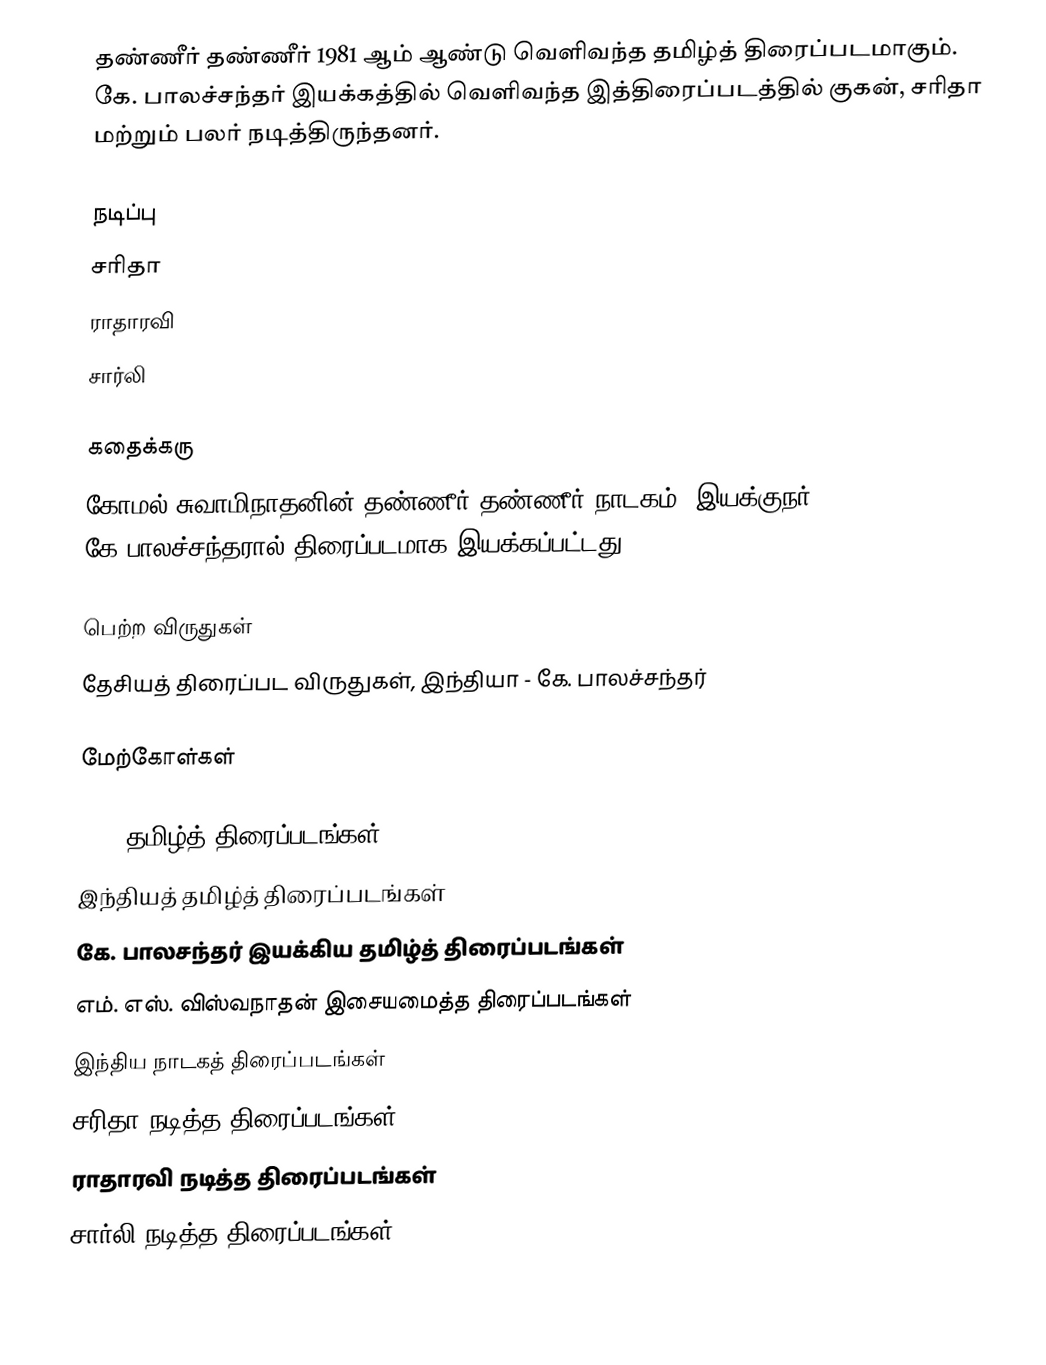
தண்ணீர் தண்ணீர் 1981 ஆம் ஆண்டு வெளிவந்த தமிழ்த் திரைப்படமாகும். கே. பாலச்சந்தர் இயக்கத்தில் வெளிவந்த இத்திரைப்படத்தில் குகன், சரிதா மற்றும் பலர் நடித்திருந்தனர்.

நடிப்பு
 சரிதா
 ராதாரவி
 சார்லி

கதைக்கரு
கோமல் சுவாமிநாதனின் தண்ணீர் தண்ணீர் நாடகம், இயக்குநர் கே.பாலச்சந்தரால் திரைப்படமாக இயக்கப்பட்டது.

பெற்ற விருதுகள்
தேசியத் திரைப்பட விருதுகள், இந்தியா - கே. பாலச்சந்தர்

மேற்கோள்கள்

1981 தமிழ்த் திரைப்படங்கள்
இந்தியத் தமிழ்த் திரைப்படங்கள்
கே. பாலசந்தர் இயக்கிய தமிழ்த் திரைப்படங்கள்
எம். எஸ். விஸ்வநாதன் இசையமைத்த திரைப்படங்கள்
இந்திய நாடகத் திரைப்படங்கள்
சரிதா நடித்த திரைப்படங்கள்
ராதாரவி நடித்த திரைப்படங்கள்
சார்லி நடித்த திரைப்படங்கள்